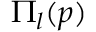
\Pi _ { l } ( p )